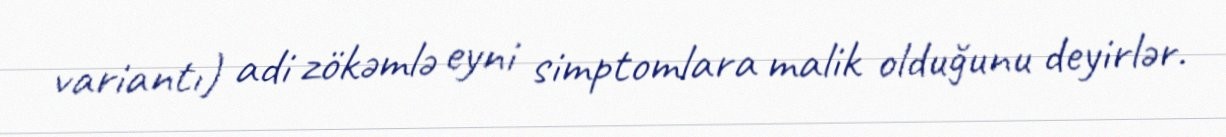
variantı) adi zökəmlə eyni simptomlara malik olduğunu deyirlər.